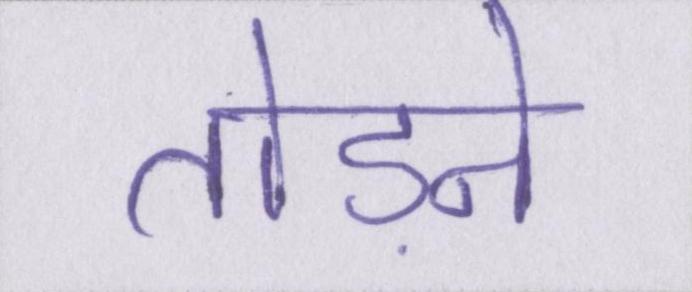
तोड़ने